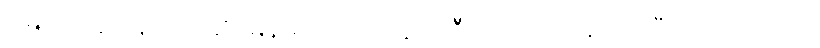
မြေးပဲထိန်းနေတယ်ဆို၊ မြန်မာပြည်အတွက် ဦးလေးတာဝန်ကျေပြီထင်သလားလို့